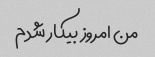
من امروز بیکار شدم